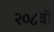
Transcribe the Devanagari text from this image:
२०८वॉ